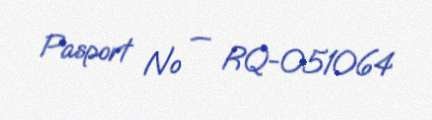
Pasport № — RQ-051064